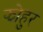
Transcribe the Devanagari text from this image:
झोहुर